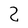
Character: Z